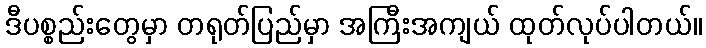
ဒီပစ္စည်းတွေမှာ တရုတ်ပြည်မှာ အကြီးအကျယ် ထုတ်လုပ်ပါတယ်။